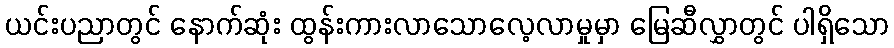
ယင်းပညာတွင် နောက်ဆုံး ထွန်းကားလာသောလေ့လာမှုမှာ မြေဆီလွှာတွင် ပါရှိသော